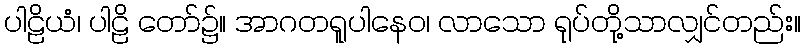
ပါဠိယံ၊ ပါဠိ တော်၌။ အာဂတရူပါနေဝ၊ လာသော ရုပ်တို့သာလျှင်တည်း။